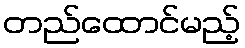
တည်ထောင်မည့်